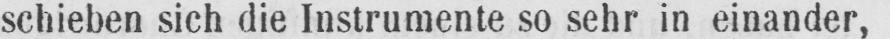
schieben sich die Instrumente so sehr in einander,